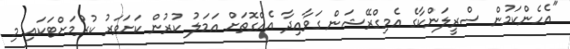
"އެހެންކަމުން ސްރީލަންކާގެ އެމިގްރޭޝަން ގަވާއިދާ އެއްގޮތަށް އަމަލު ކުރުން ކަށަވަރު ކުރުމަށްޓަކައި މި